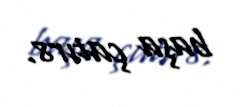
başa çatır8.